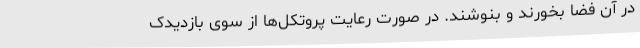
در آن فضا بخورند و بنوشند. در صورت رعایت پروتکل‌ها از سوی بازدیدک